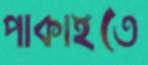
পাকাইতে